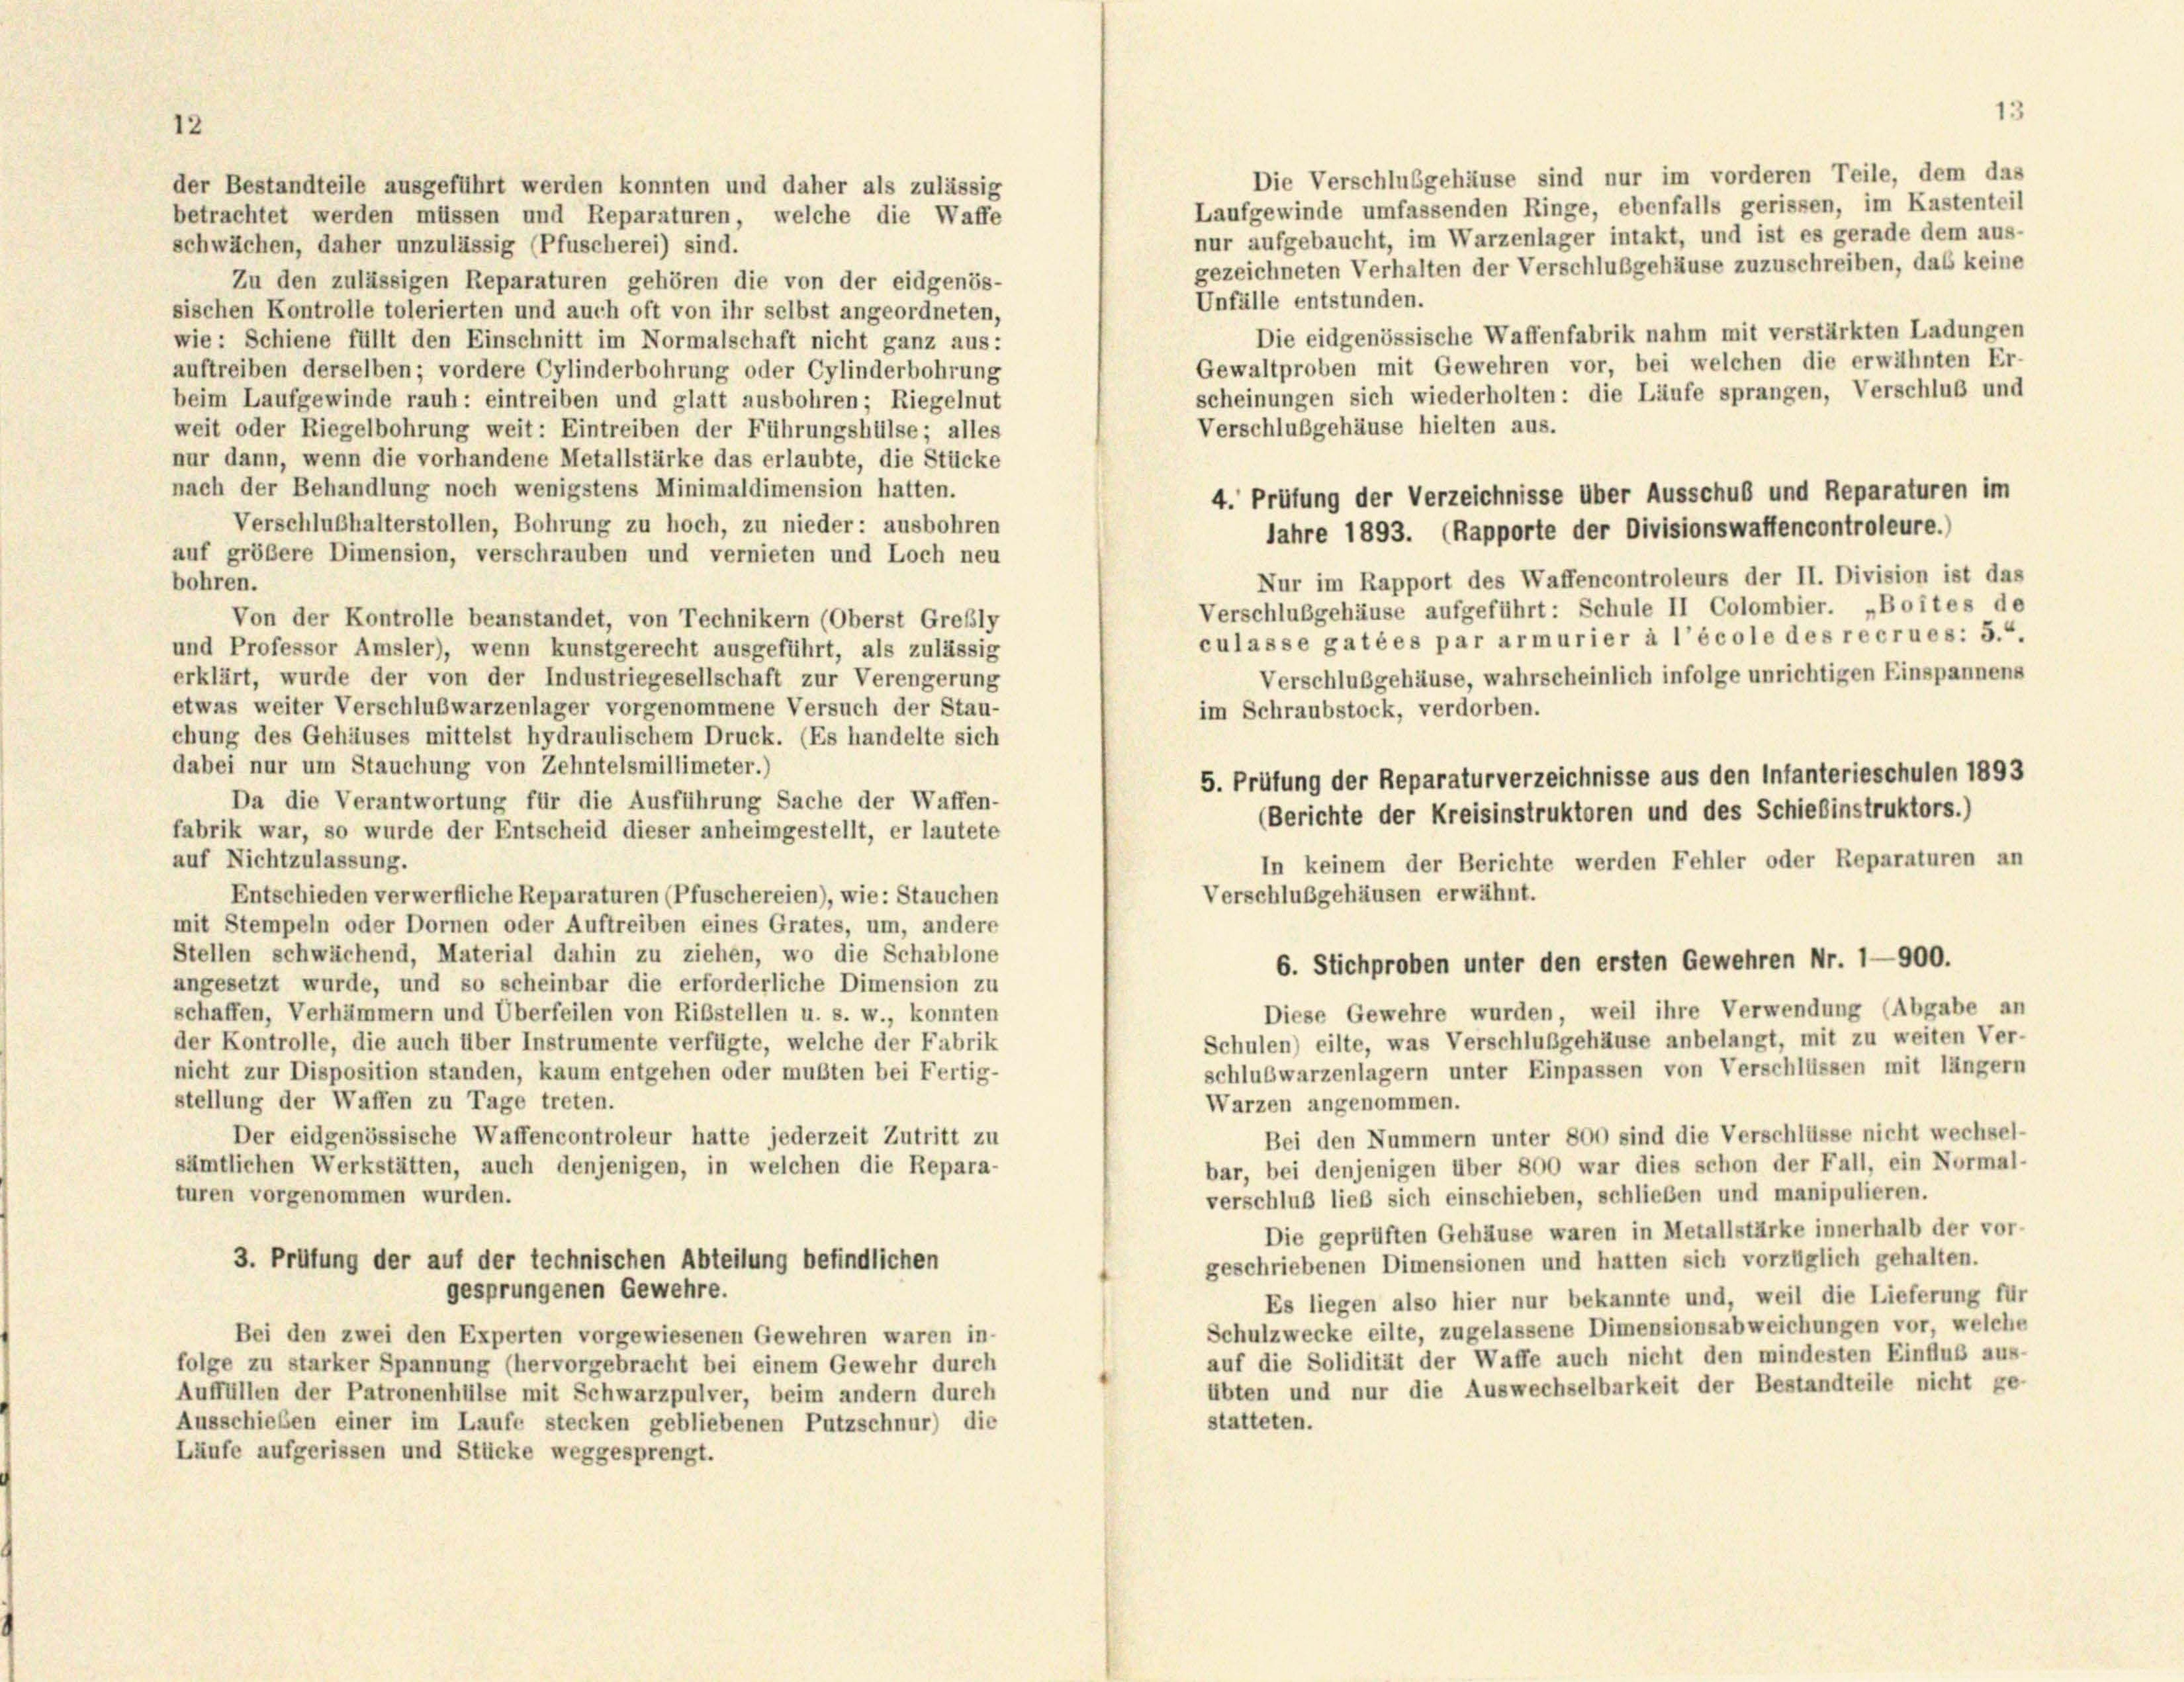
12

der Bestandteile ausgeführt werden konnten und daher als zulässig

Laufgewinde umfassenden Ringe, ebenfalls gerissen, im Kastenteil
betrachtet werden müssen und Reparaturen, welche die Waffe
nur aufgebaucht, im Warzenlager intakt, und ist es gerade dem aus-
schwächen, daher unzulässig (Pfuscherei) sind.
gezeichneten Verhalten der Verschlußgehäuse zuzuschreiben, das keine
Zu den zulässigen Reparaturen gehören die von der eidgenös-
Unfälle entstunden.
sischen Kontrolle tolerierten und auch oft von ihr selbst angeordneten,
Die eidgenössische Waffenfabrik nahm mit verstärkten Ladungen
wie: Schiene füllt den Einschnitt im Normalschaft nicht ganz aus:
Gewaltproben mit Gewehren vor, bei welchen die erwähnten Er-
auftreiben derselben; vordere Cylinderbohrung oder Cylinderbohrung
scheinungen sich wiederholten: die Läufe sprangen, Verschluß und
beim Laufgewinde rauh: eintreiben und glatt ausbohren; Riegelnut
Verschlußgehäuse hielten aus.
weit oder Riegelbohrung weit: Eintreiben der Führungshülse; alles
nur dann, wenn die vorhandene Metallstärke das erlaubte, die Stücke
nach der Behandlung noch wenigstens Minimaldimension hatten.
4. Prüfung der Verzeichnisse über Ausschuß und Reparaturen im
Verschlußhalterstollen, Bohrung zu hoch, zu nieder: ausbohren
Jahre 1893. (Rapporte der Divisionswaffencontroleure.)
auf größere Dimension, verschrauben und vernieten und Loch neu
Nur im Rapport des Waffencontroleurs der II. Division ist das
bohren.
Verschlußgehäuse aufgeführt: Schule II Colombier. „Boites de
Von der Kontrolle beanstandet, von Technikern (Oberst Grebly
culasse gatées par armurier à l’école des recrues: 5.4.
und Professor Amsler), wenn kunstgerecht ausgeführt, als zulässig
Verschlußgehäuse, wahrscheinlich infolge unrichtigen Einspannens
erklärt, wurde der von der Industriegesellschaft zur Verengerung
etwas weiter Verschlußwarzenlager vorgenommene Versuch der Stau-
im Schraubstock, verdorben.
ehung des Gehäuses mittelst hydraulischem Druck. (Es handelte sich
dabei nur um Stauchung von Zehntelsmillimeter.)
5. Prüfung der Reparaturverzeichnisse aus den Infanterieschulen 1893
Da die Verantwortung für die Ausführung Sache der Waffen-
(Berichte der Kreisinstruktoren und des Schiefinstruktors.)
fabrik war, so wurde der Entscheid dieser anheimgestellt, er lautete
auf Nichtzulassung.
In keinem der Berichte werden Fehler oder Reparaturen an
Verschlußgehäusen erwähnt.
Entschieden verwerfliche Reparaturen (Pfuschereien), wie: Stauchen
mit Stempeln oder Dornen oder Auftreiben eines Grates, um, andere
Stellen schwächend, Material dahin zu ziehen, wo die Schablone
6. Stichproben unter den ersten Gewehren Nr. 1—900.
angesetzt wurde, und so scheinbar die erforderliche Dimension zu
Diese Gewehre wurden, weil ihre Verwendung (Abgabe an
schaffen, Verhämmern und Überfeilen von Ribstellen u. s. w., konnten
Schulen) eilte, was Verschlußgehäuse anbelangt, mit zu weiten Ver-
der Kontrolle, die auch über Instrumente verfügte, welche der Fabrik
schlußwarzenlagern unter Einpassen von Verschlüssen mit länger
nicht zur Disposition standen, kaum entgehen oder mußten bei Fertig-
stellung der Waffen zu Tage treten.
Warzen angenommen.
Bei den Nummern unter 800 sind die Verschlüsse nicht wechsel-
Der eidgenössische Waffencontroleur hatte jederzeit Zutritt zu
sämtlichen Werkstätten, auch denjenigen, in welchen die Repara-
bar, bei denjenigen über 800 war dies schon der Fall, ein Normal-
turen vorgenommen wurden.
verschluß lieb sich einschieben, schließen und manipulieren.
Die geprüften Gehäuse waren in Metallstärke innerhalb der vor-
3. Prüfung der auf der technischen Abteilung befindlichen
geschriebenen Dimensionen und hatten sich vorzüglich gehalten.
gesprungenen Gewehre.
Es liegen also hier nur bekannte und, weil die Lieferung für
Schulzwecke eilte, zugelassene Dimensionsabweichungen vor, welche
Bei den zwei den Experten vorgewiesenen Gewehren waren in-
auf die Solidität der Waffe auch nicht den mindesten Einfluß aus-
folge zu starker Spannung (hervorgebracht bei einem Gewehr durch
übten und nur die Auswechselbarkeit der Bestandteile nicht ge-
Auffüllen der Patronenhülse mit Schwarzpulver, beim andern durch
statteten.
Ausschieben einer im Laufe stecken gebliebenen Putzschnur) die
Läufe aufgerissen und Stücke weggesprengt.

Die Verschlusgehäuse sind nur im vorderen Teile, dem das